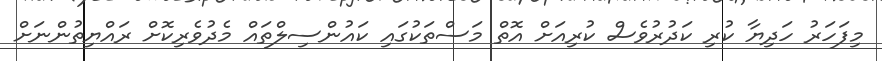
މިފަހަރު ހަދިޔާ ކުރި ކަދުރުވެސް ކުރިއަށް އޮތް މަސްތަކުގައި ކައުންސިލްތައް މެދުވެރިކޮށް ރައްޔިތުންނަށް